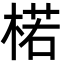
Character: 楉